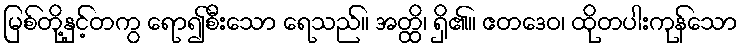
မြစ်တို့နှင့်တကွ ရော၍စီးသော ရေသည်။ အတ္ထိ၊ ရှိ၏။ ဧတဒေဝ၊ ထိုတပါးကုန်သော